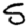
Digit: 5